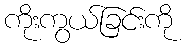
ကိုးကွယ်ခြင်းကို